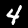
Label: 4